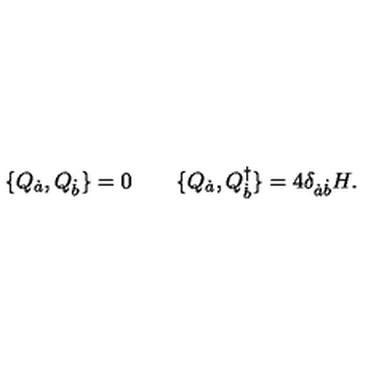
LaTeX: \{ Q _ { \dot { a } } , Q _ { \dot { b } } \} = 0 \qquad \{ Q _ { \dot { a } } , Q _ { \dot { b } } ^ { \dagger } \} = 4 \delta _ { \dot { a } \dot { b } } H .